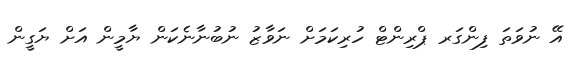
އޭ ނުވަތަ ފިންގަރ ޕްރިންޓް ހުރިކަމަށް ނަވާޒު ނުބުނާނެކަން ޔާމީން އަށް ޔަގީން